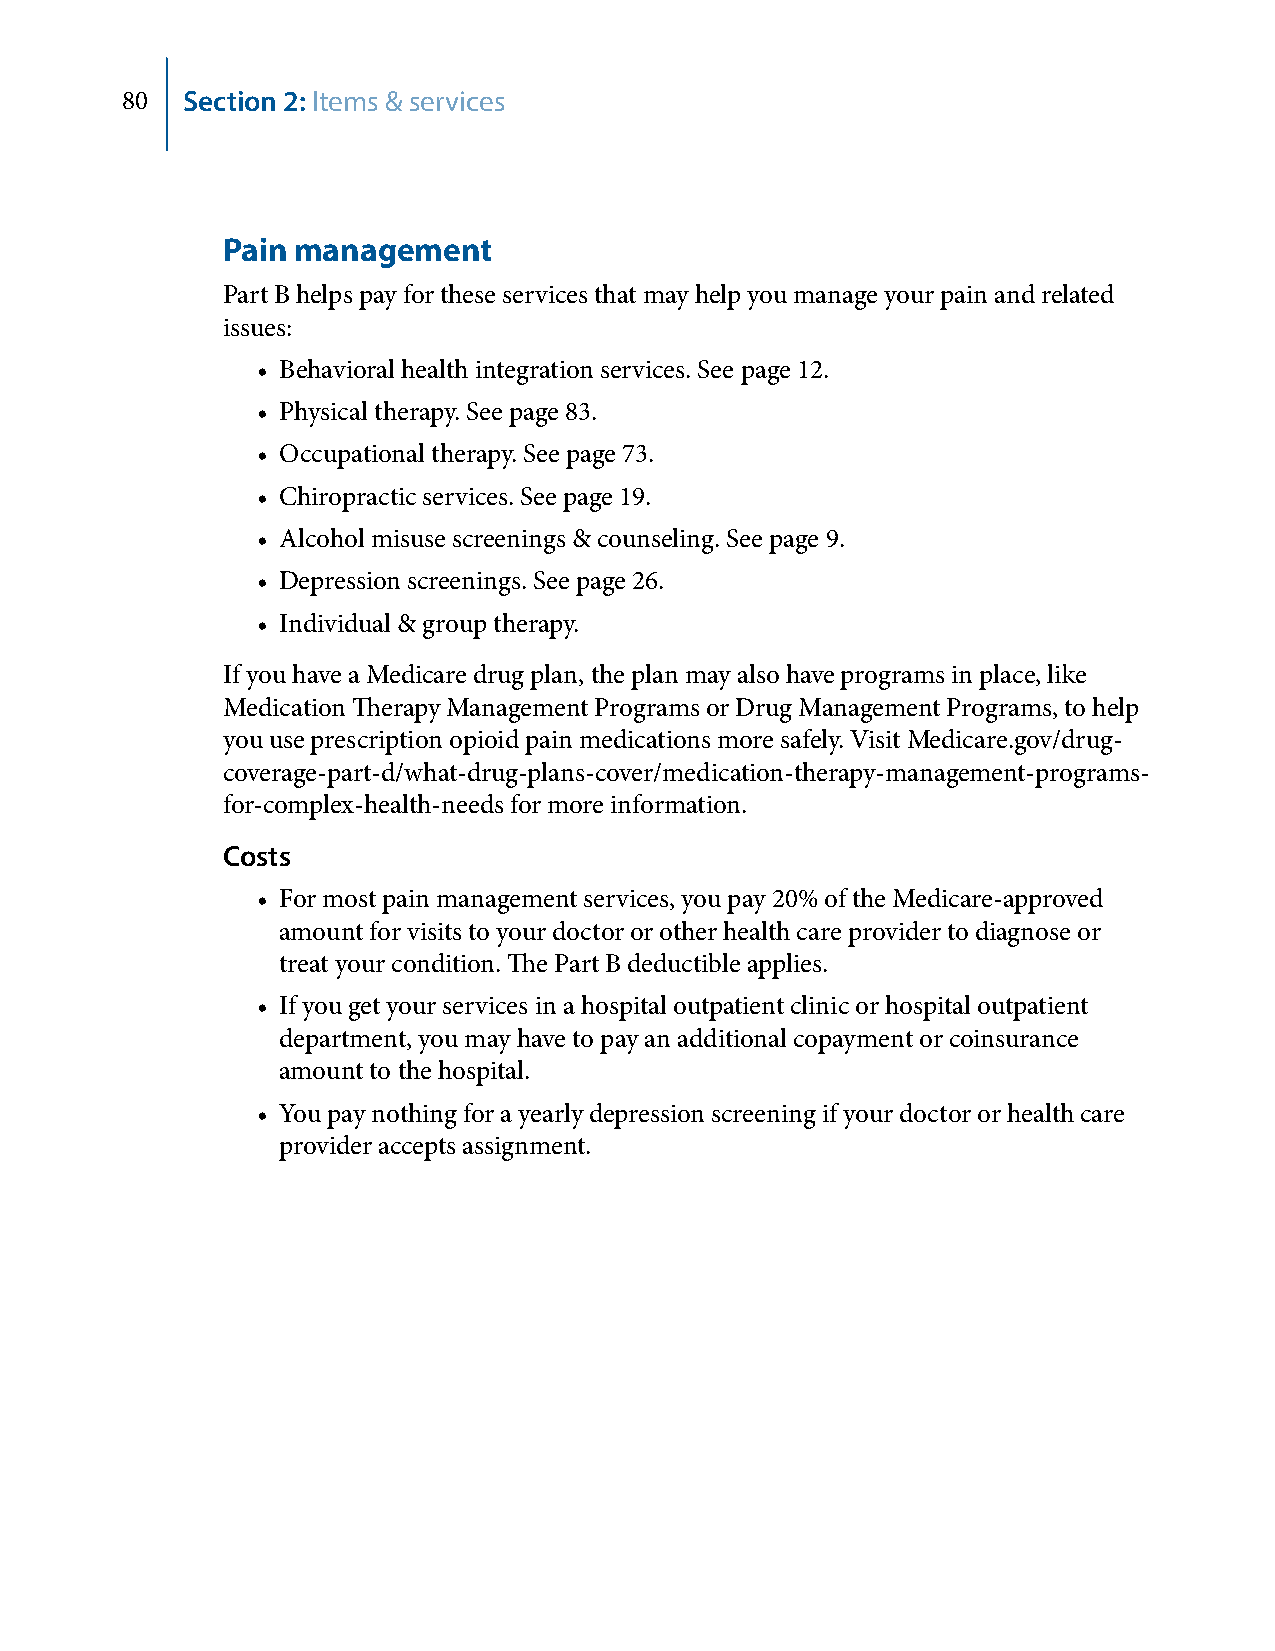
80  Section 2: Items & services
 Pain management
 Part B helps pay for these services that may help you manage your pain and related
 issues:
 • Behavioral health integration services. See page 12.
 • Physical therapy. See page 83.
 • Occupational therapy. See page 73.
 • Chiropractic services. See page 19.
 • Alcohol misuse screenings & counseling. See page 9.
 • Depression screenings. See page 26.
 • Individual & group therapy.
 If you have a Medicare drug plan, the plan may also have programs in place, like
 Medication Therapy Management Programs or Drug Management Programs, to help
 you use prescription opioid pain medications more safely. Visit Medicare.gov/drug-
 coverage-part-d/what-drug-plans-cover/medication-therapy-management-programs-
 for-complex-health-needs for more information.
 Costs
 • For most pain management services, you pay 20% of the Medicare-approved
 amount for visits to your doctor or other health care provider to diagnose or
 treat your condition. The Part B deductible applies.
 • If you get your services in a hospital outpatient clinic or hospital outpatient
 department, you may have to pay an additional copayment or coinsurance
 amount to the hospital.
 • You pay nothing for a yearly depression screening if your doctor or health care
 provider accepts assignment.